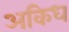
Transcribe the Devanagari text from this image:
अकिध